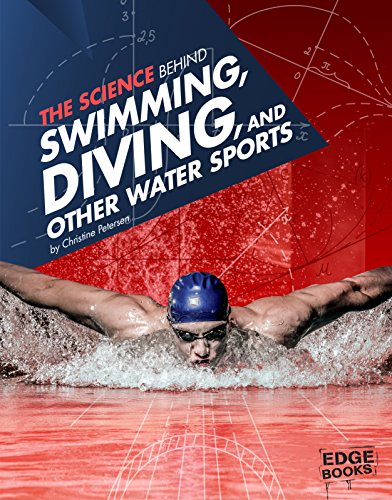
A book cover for The Science Behind Swimming, Diving, and Other Water Sports (Science of the Summer Olympics); Amanda Lanser; Children's Books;